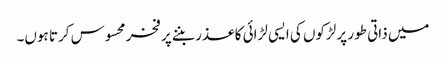
میں ذاتی طور پر لڑکوں کی ایسی لڑائی کا عذر بننے پر فخر محسوس کرتا ہوں۔